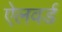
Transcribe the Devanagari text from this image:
ऐलवर्ड